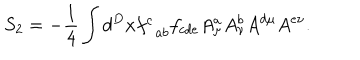
LaTeX: S _ { 2 } = - \frac { 1 } { 4 } \int d ^ { D } x f _ { \; \; a b } ^ { c } f _ { c d e } A _ { \mu } ^ { a } A _ { \nu } ^ { b } A ^ { d \mu } A ^ { e \nu } .